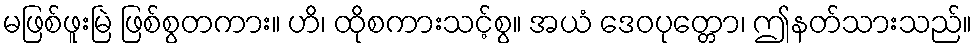
မဖြစ်ဖူးမြဲ ဖြစ်စွတကား။ ဟိ၊ ထိုစကားသင့်စွ။ အယံ ဒေဝပုတ္တော၊ ဤနတ်သားသည်။